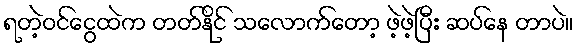
ရတဲ့ဝင်ငွေထဲက တတ်နိုင် သလောက်တော့ ဖဲ့ဖဲ့ပြီး ဆပ်နေ တာပဲ။